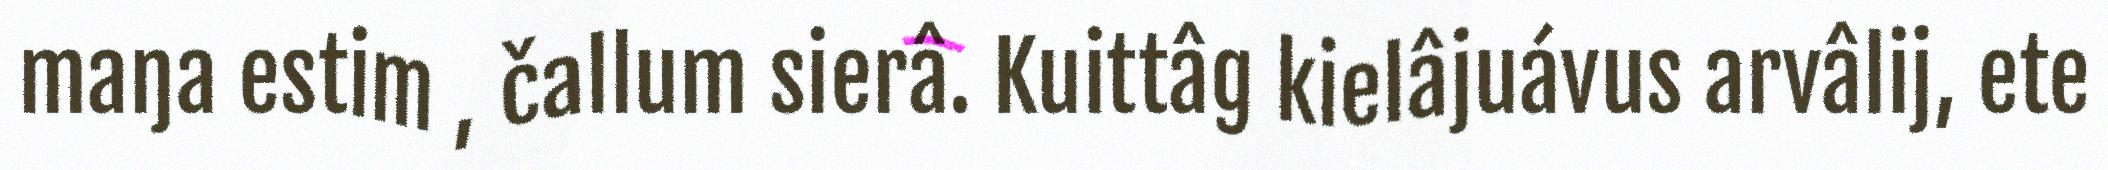
maŋa estim , čallum sierâ. Kuittâg kielâjuávus arvâlij, ete